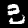
Label: 3